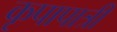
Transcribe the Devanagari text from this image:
कृपापात्री